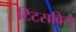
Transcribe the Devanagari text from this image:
टिटसविले